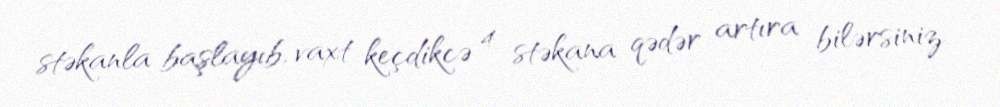
stəkanla başlayıb, vaxt keçdikcə 4 stəkana qədər artıra bilərsiniz.